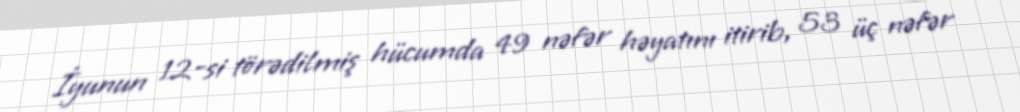
İyunun 12-si törədilmiş hücumda 49 nəfər həyatını itirib, 53 üç nəfər